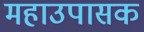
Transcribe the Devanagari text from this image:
महाउपासक